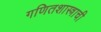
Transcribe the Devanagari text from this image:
गणितशास्त्राची